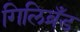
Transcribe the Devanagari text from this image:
गिलिब्रँड